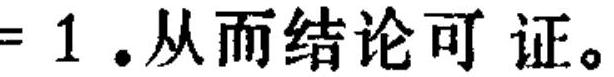
\(= 1\).从而结论可证。